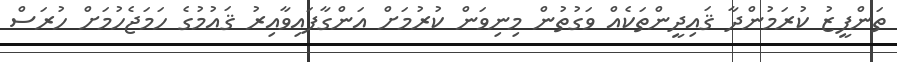
ތަންފީޒު ކުރަމުންދާ ޤައިދީންތަކެއް ވަގުތުން މިނިވަން ކުރުމަށް އަންގާފައިވާއިރު ޤައުމުގެ ހަމަޖެހުމަށް ހުރަސް